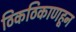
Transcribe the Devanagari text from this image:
ठिकठिकाणहून